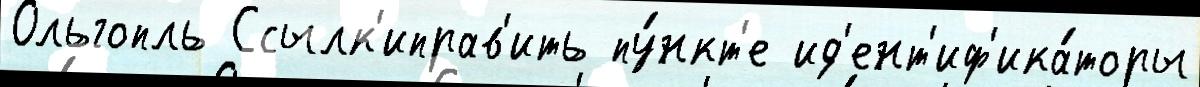
Ольгопль Ссылк'иправ'ить пу́нкт'е ид'ент'иф'ика́торы